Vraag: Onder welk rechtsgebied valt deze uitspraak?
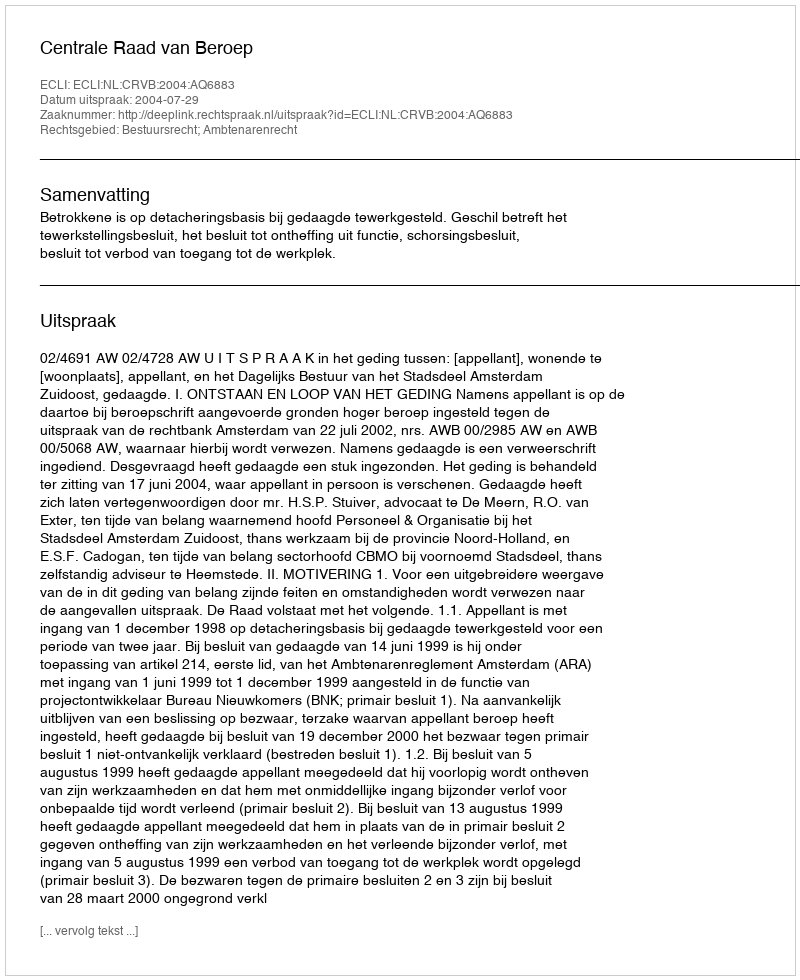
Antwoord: Bestuursrecht; Ambtenarenrecht